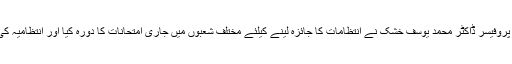
اس موقع پر یونیورسٹی کے پرووائیس چانسلر میریٹوریس پروفیسر ڈاکٹر محمد یوسف خشک نے انتظامات کا جائزہ لینے کیلئے مختلف شعبوں میں جاری امتحانات کا دورہ کیا اور انتظامیہ کی جانب سے کیئے گئے انتظامات پر اطمینان کا اظہار کیا۔